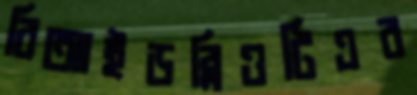
বিআইডব্লিওটিএর